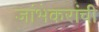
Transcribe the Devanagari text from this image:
जांभेकरांची